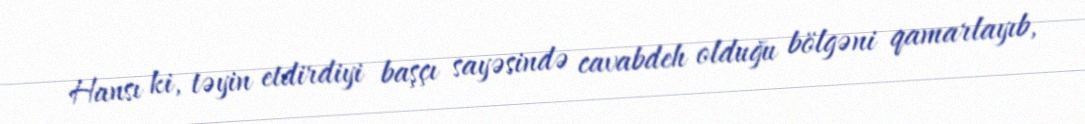
Hansı ki, təyin etdirdiyi başçı sayəsində cavabdeh olduğu bölgəni qamarlayıb,